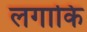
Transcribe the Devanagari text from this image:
लगाकि